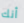
أنك